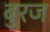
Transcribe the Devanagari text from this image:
बुरज